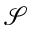
\mathcal { S }